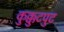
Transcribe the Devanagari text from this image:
कुक्कुटपुट